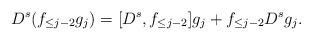
LaTeX: \begin{align*} D^s(f_{\le j-2} g_j) = [D^s, f_{\le j-2}] g_j + f_{\le j-2} D^s g_j.\end{align*}